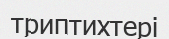
триптихтері